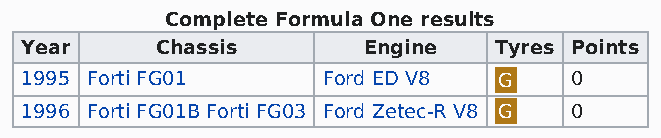
Complete Formula One results
 Year     Chassis       Engine   Tyres Points
 1995 Forti FG01     Ford ED V8  G    0
 1996 Forti FG01B Forti FG03 Ford Zetec-R V8 G 0